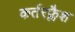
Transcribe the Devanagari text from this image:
कर्तरफ्लैश